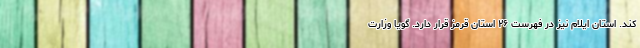
کند. استان ایلام نیز در فهرست ۲۶ استان قرمز قرار دارد. گویا وزارت